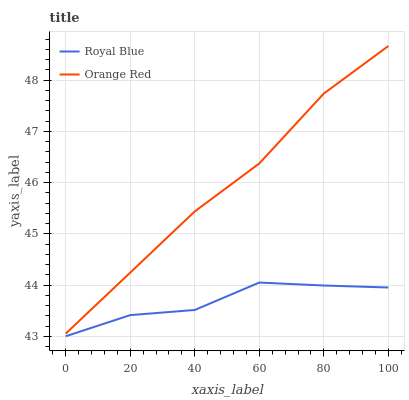
| xaxis_label | Royal Blue | Orange Red |
 | --- | --- | --- |
 | 0 | 43 | 43.1 |
 | 20 | 43.4 | 44.2 |
 | 40 | 43.5 | 45.4 |
 | 60 | 44 | 46.4 |
 | 80 | 44 | 47.7 |
 | 100 | 44 | 48.7 |